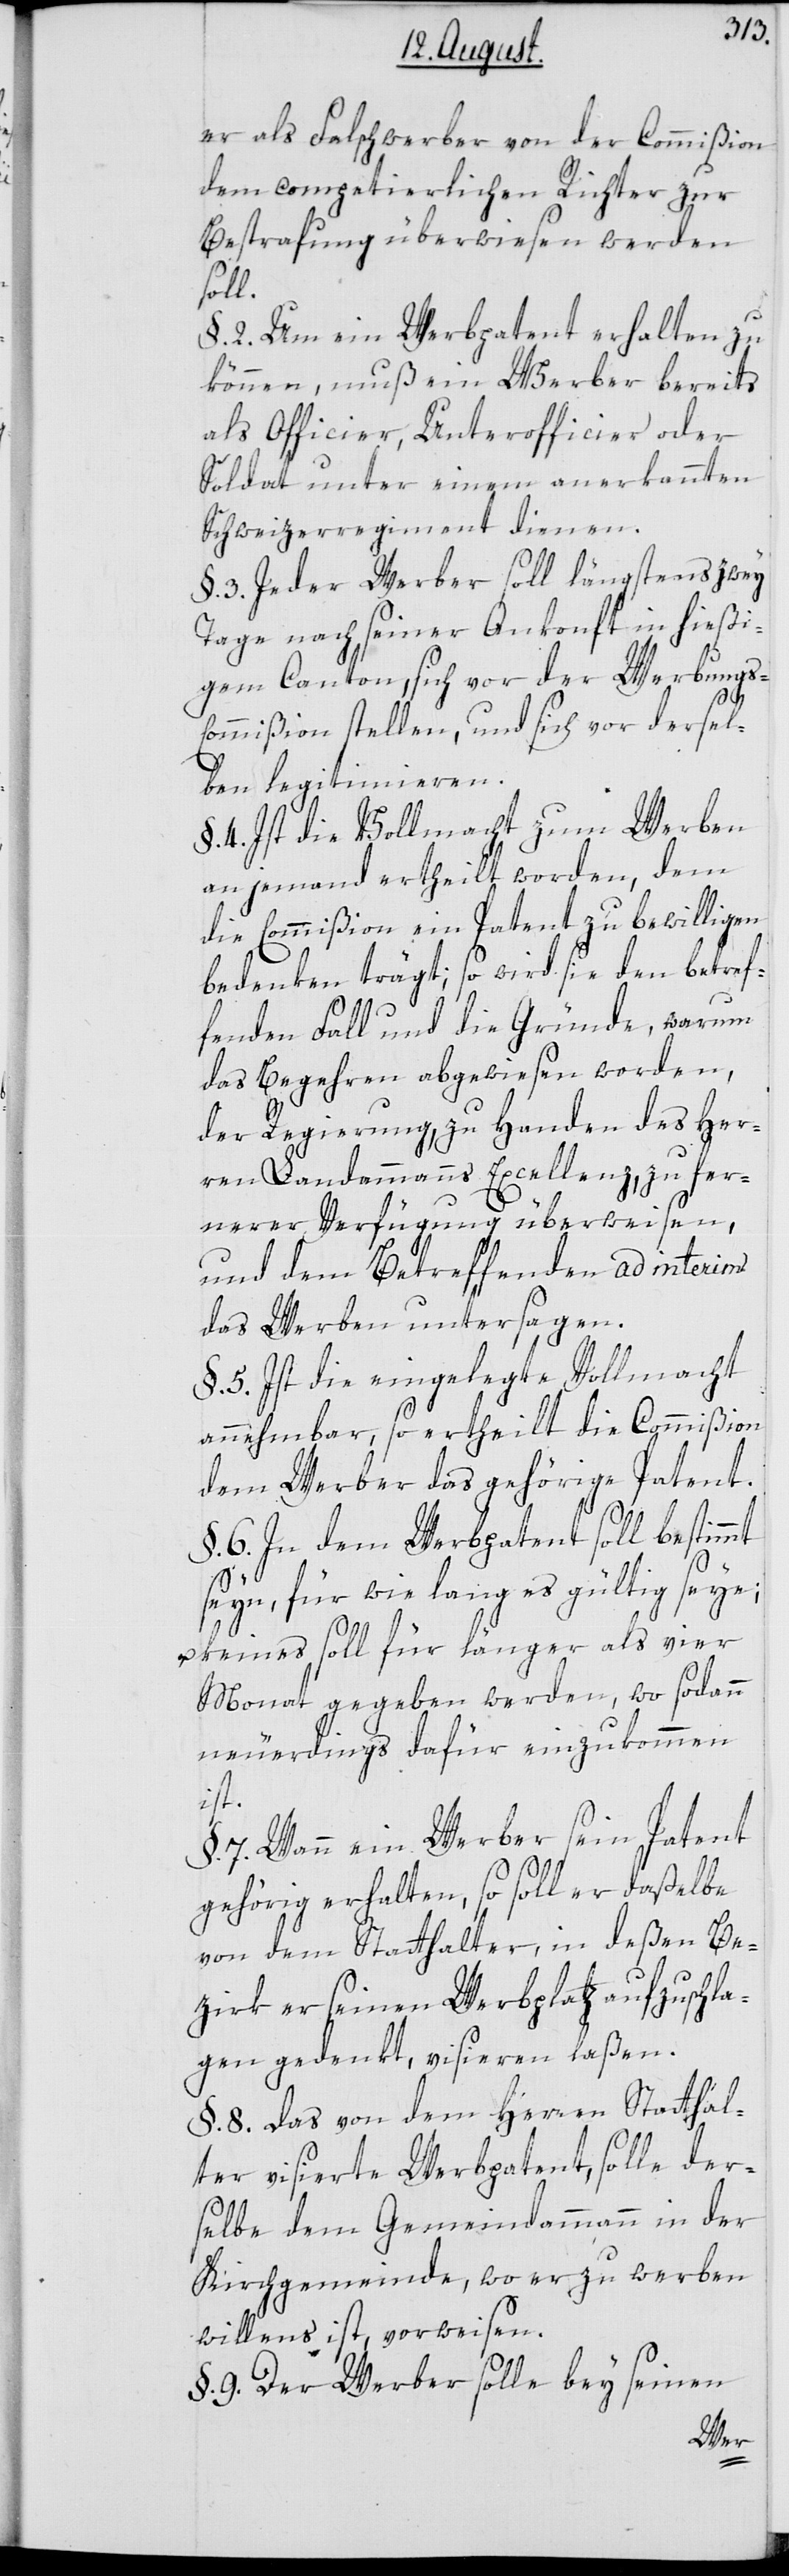
er als Falschwerber von der Commißion
dem competierlichen Richter zur
Bestrafung überwiesen werden
soll.
§. 2. Um ein Werbpatent erhalten zu
können, muß ein Werber bereits
als Officier, Unterofficier oder
Soldat unter einem anerkannten
Schweizerregiment dienen.
§. 3. Jeder Werber soll längstens zwey
Tage nach seiner Ankonft in hießi¬
gem Canton, sich vor der Werbungs-C¬
ommißion stellen, und sich vor dersel¬
ben legitimieren.
§. 4.Ist die Vollmacht zum Werben
an jemand ertheilt worden, dem
die Commißion ein Patent zu bewilligen
Bedenken trägt, so wird sie den betref¬
fenden Fall und die Gründe, warum
das Begehren abgewiesen worden,
der Regierung zu Handen des Her¬
ren Landammanns Excellenz, zu fer¬
nerer Verfügung überweisen,
und dem Betreffenden ad interim
das Werben untersagen.
§. 5. Ist die eingelegte Vollmacht
annehmbar, so ertheilt die Commißion
dem Werber das gehörige Patent.
§. 6. In dem Werbpatent soll bestimmt
seyn, für wie lang es gültig seye;
keines soll für länger als vier
Monat gegeben werden, wo sodann
neuerdings dafür einzukommen
ist.
§. 7. Wann ein Werber sein Patent
gehörig erhalten, so soll er daßelbe
von dem Statthalter, in deßen Be¬
zirk er seinen Werbplatz aufzuschla¬
gen gedenkt, visieren laßen.
§. 8. Das von dem Herren Statthal¬
ter visierte Werbpatent, solle der¬
selbe dem Gemeindammann in der
Kirchgemeinde, wo er zu werben
willens ist, vorweisen.
§. 9. Der Werber solle bey seinen